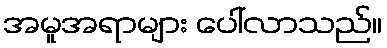
အမူအရာများ ပေါ်လာသည်။